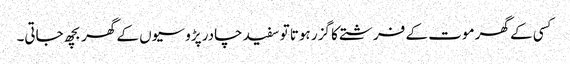
کسی کے گھر موت کے فرشتے کا گزر ہوتا تو سفید چادر پڑوسیوں کے گھر بچھ جاتی۔